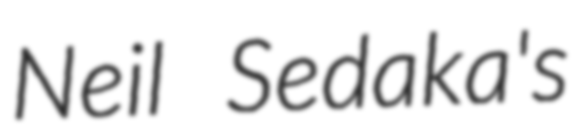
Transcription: Neil Sedaka's